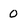
Character: 0